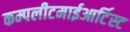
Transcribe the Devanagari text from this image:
कम्पलीटमाईआर्टिस्ट